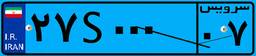
۶۴S۳۶۷۵۳